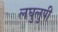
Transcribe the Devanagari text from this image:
लघुलुपी